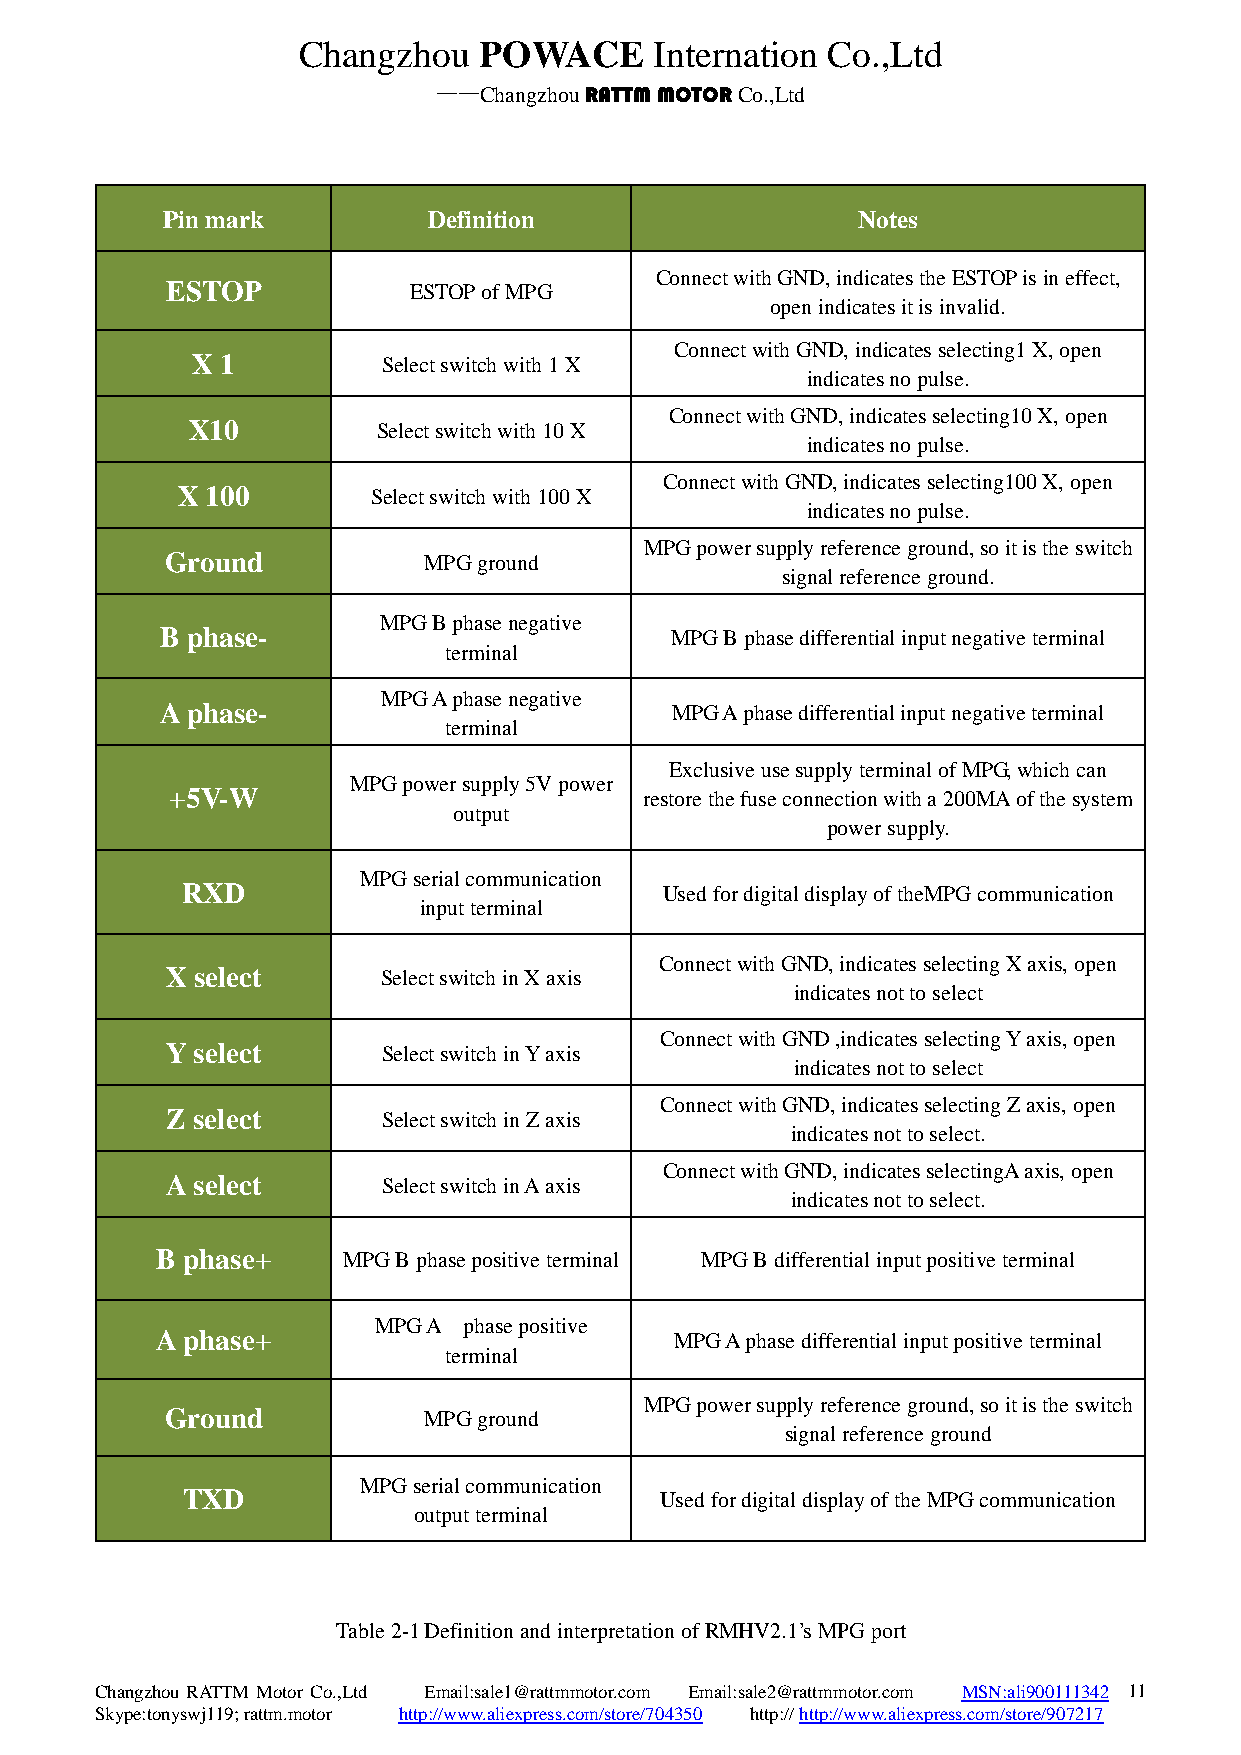
Changzhou   POWACE     Internation Co.,Ltd
 ——Changzhou RATTM MOTOR Co.,Ltd
 Pin mark         Definition                   Notes
 Connect with GND, indicates the ESTOP is in effect,
 ESTOP           ESTOP of MPG
 open indicates it is invalid.
 Connect with GND, indicates selecting1 X, open
 X 1         Select switch with 1 X
 indicates no pulse.
 Connect with GND, indicates selecting10 X, open
 X10          Select switch with 10 X
 indicates no pulse.
 Connect with GND, indicates selecting100 X, open
 X 100        Select switch with 100 X
 indicates no pulse.
 MPG power supply reference ground, so it is the switch
 Ground           MPG ground
 signal reference ground.
 MPG B phase negative
 B phase-                         MPG B phase differential input negative terminal
 terminal
 MPG A phase negative
 A phase-                         MPG A phase differential input negative terminal
 terminal
 Exclusive use supply terminal of MPG, which can
 MPG power supply 5V power
 +5V-W                           restore the fuse connection with a 200MA of the system
 output
 power supply.
 MPG serial communication
 RXD                             Used for digital display of theMPG communication
 input terminal
 Connect with GND, indicates selecting X axis, open
 X select      Select switch in X axis
 indicates not to select
 Connect with GND ,indicates selecting Y axis, open
 Y select      Select switch in Y axis
 indicates not to select
 Connect with GND, indicates selecting Z axis, open
 Z select      Select switch in Z axis
 indicates not to select.
 Connect with GND, indicates selectingA axis, open
 A select      Select switch in A axis
 indicates not to select.
 B phase+     MPG B phase positive terminal MPG B differential input positive terminal
 MPG A phase positive
 A phase+                           MPG A phase differential input positive terminal
 terminal
 MPG power supply reference ground, so it is the switch
 Ground           MPG ground
 signal reference ground
 MPG serial communication
 TXD                             Used for digital display of the MPG communication
 output terminal
 Table 2-1 Definition and interpretation of RMHV2.1’s MPG port
 Changzhou RATTM Motor Co.,Ltd Email:sale1@rattmmotor.com Email:sale2@rattmmotor.com MSN:ali900111342 11
 Skype:tonyswj119; rattm.motor http://www.aliexpress.com/store/704350 http:// http://www.aliexpress.com/store/907217